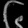
Digit: ၆